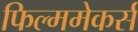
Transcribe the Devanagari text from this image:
फिल्ममेकर्स